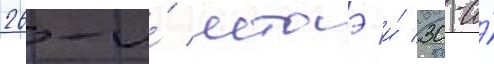
26-и́ мтаэ и́ 30-и́